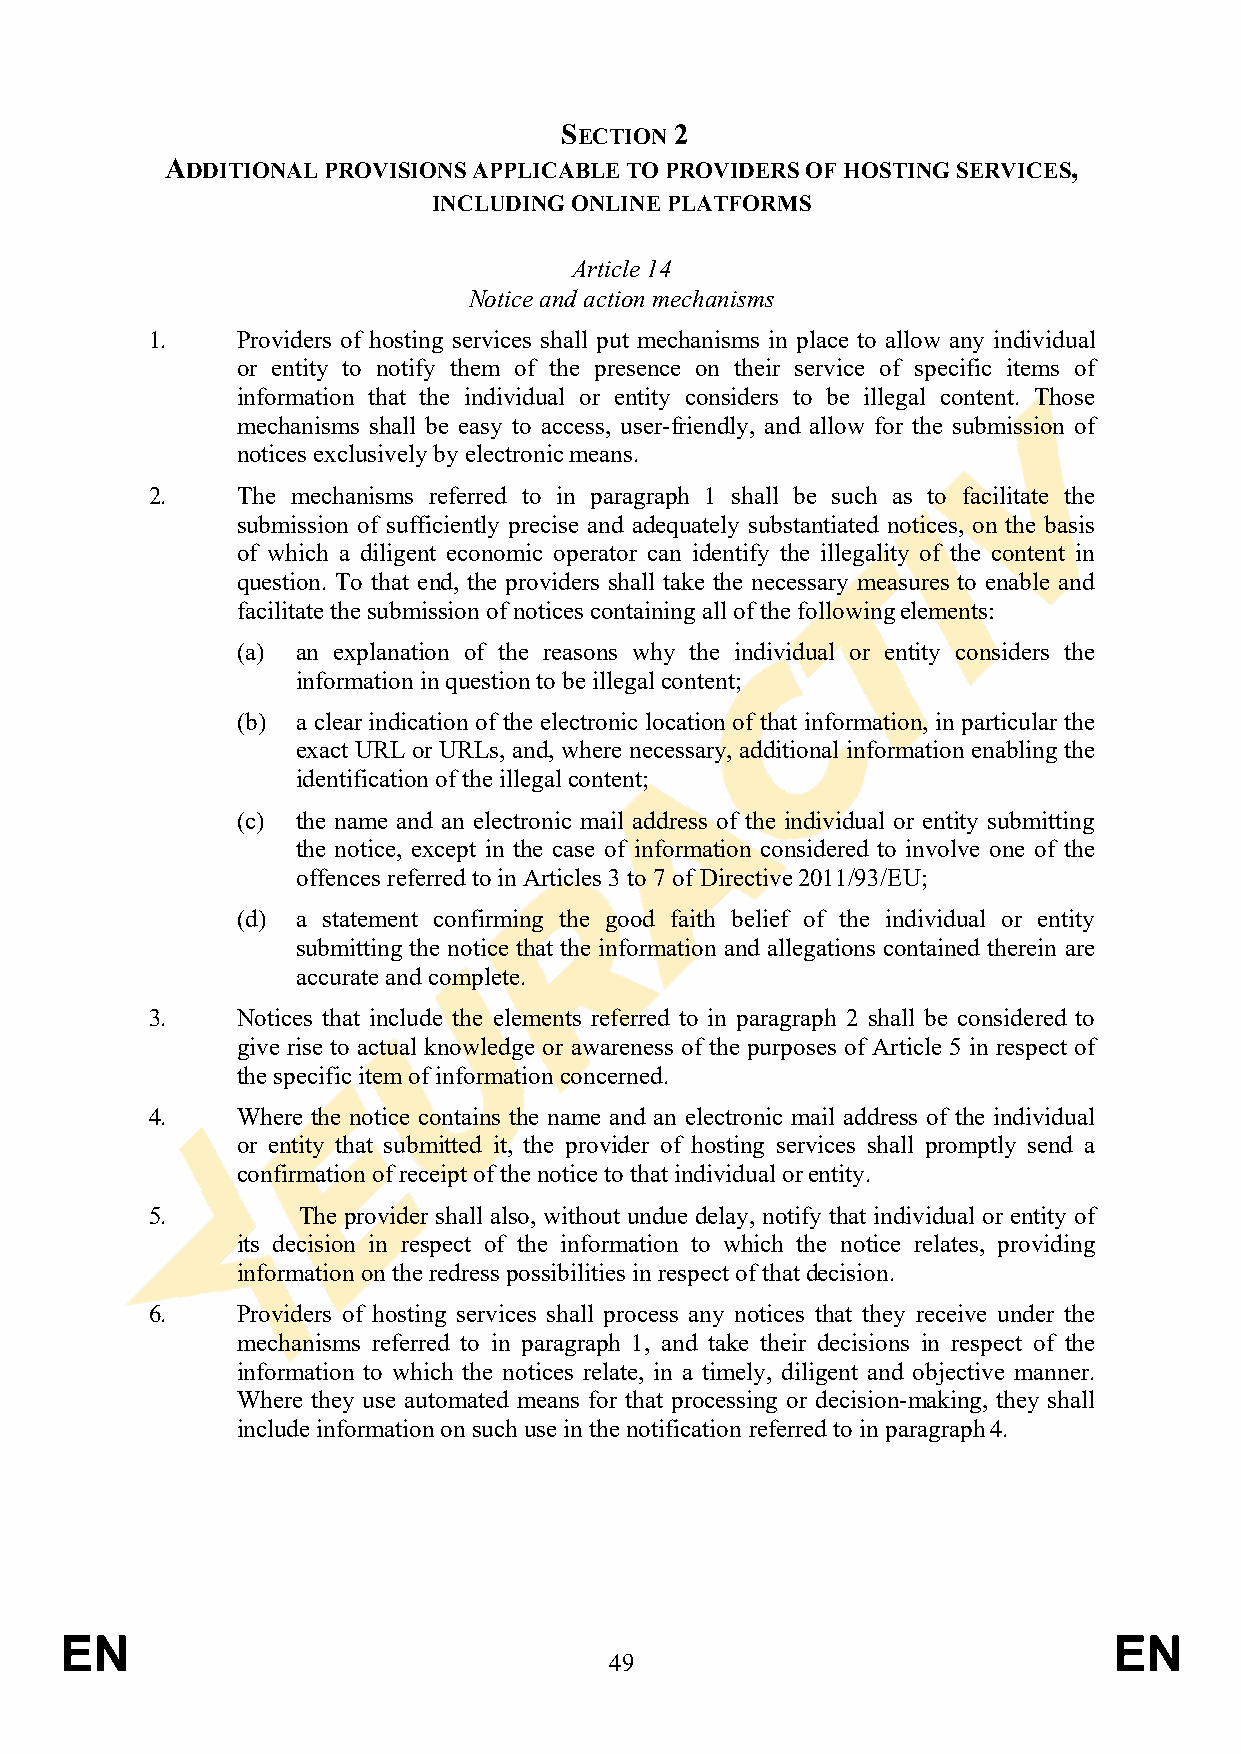
SECTION 2
 ADDITIONAL PROVISIONS APPLICABLE TO PROVIDERS OF HOSTING SERVICES,
 INCLUDING ONLINE PLATFORMS
 Article 14
 Notice and action mechanisms
 1.    Providers of hosting services shall put mechanisms in place to allow any individual
 or entity to notify them of the presence on their service of specific items of
 information that the individual or entity considers to be illegal content. Those
 mechanisms shall be easy to access, user-friendly, and allow for the submission of
 notices exclusively by electronic means.
 2.    The mechanisms referred to in paragraph 1 shall be such as to facilitate the
 submission of sufficiently precise and adequately substantiated notices, on the basis
 of which a diligent economic operator can identify the illegality of the content in
 question. To that end, the providers shall take the necessary measures to enable and
 facilitate the submission of notices containing all of the following elements:
 (a) an explanation of the reasons why the individual or entity considers the
 information in question to be illegal content;
 (b) a clear indication of the electronic location of that information, in particular the
 exact URL or URLs, and, where necessary, additional information enabling the
 identification of the illegal content;
 (c) the name and an electronic mail address of the individual or entity submitting
 the notice, except in the case of information considered to involve one of the
 offences referred to in Articles 3 to 7 of Directive 2011/93/EU;
 (d) a statement confirming the good faith belief of the individual or entity
 submitting the notice that the information and allegations contained therein are
 accurate and complete.
 3.    Notices that include the elements referred to in paragraph 2 shall be considered to
 give rise to actual knowledge or awareness of the purposes of Article 5 in respect of
 the specific item of information concerned.
 4.    Where the notice contains the name and an electronic mail address of the individual
 or entity that submitted it, the provider of hosting services shall promptly send a
 confirmation of receipt of the notice to that individual or entity.
 5.        The provider shall also, without undue delay, notify that individual or entity of
 its decision in respect of the information to which the notice relates, providing
 information on the redress possibilities in respect of that decision.
 6.    Providers of hosting services shall process any notices that they receive under the
 mechanisms referred to in paragraph 1, and take their decisions in respect of the
 information to which the notices relate, in a timely, diligent and objective manner.
 Where they use automated means for that processing or decision-making, they shall
 include information on such use in the notification referred to in paragraph 4.
 EN                                                                    EN
 49